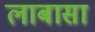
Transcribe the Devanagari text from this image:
लाबासा